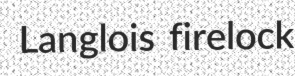
Langlois firelock